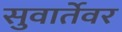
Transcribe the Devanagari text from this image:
सुवार्तेवर